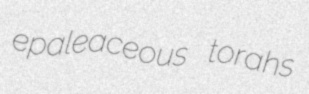
epaleaceous torahs